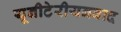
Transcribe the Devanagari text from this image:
यूनीटेरीयनवाद